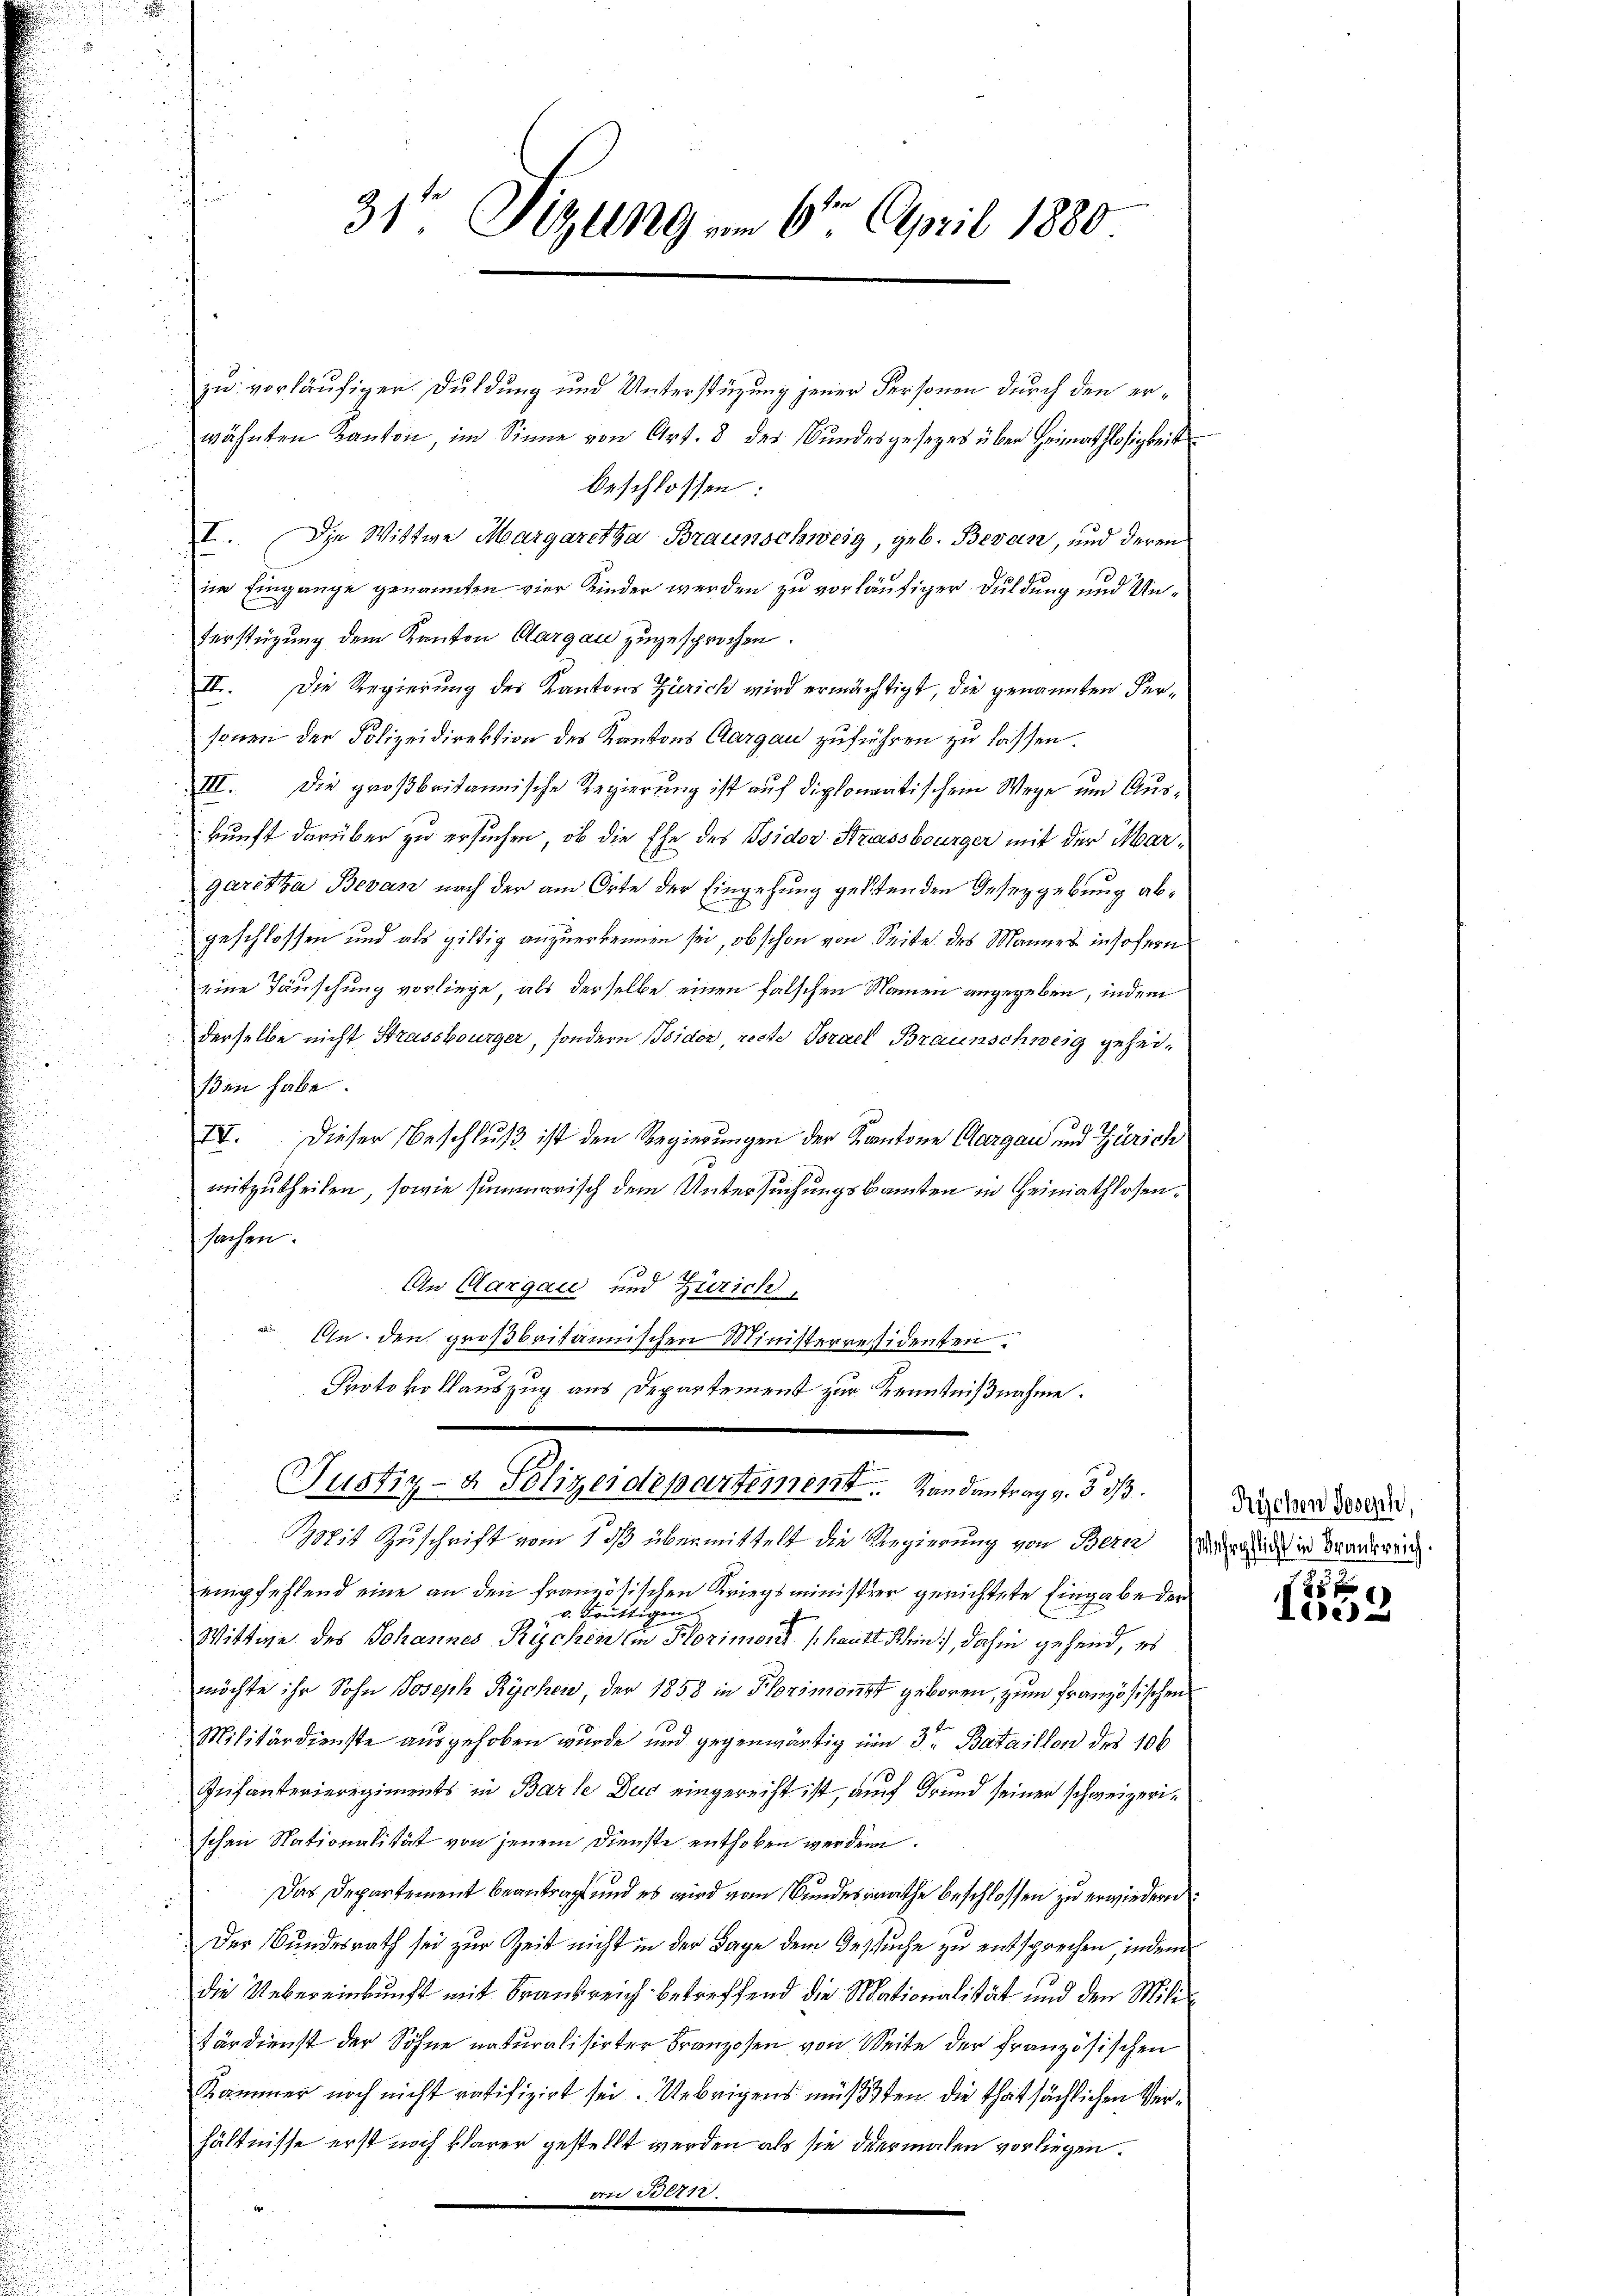
31te Sitzung am 6ten April 1880.

zu vorläufiger. Duldung und Unterstüzung jener Personen durch den erwähnten Kanton, im Sinne von Art. 8 des Bŭndesgesezes über Heimathlosigkeit
beschlossen:
I. Die Wittwe Margaretha Braunschweig, geb. Bevan, und deren
im Eingange genannten vier Kinder werden zu vorläufiger. Duldung und Un¬
Verstützung dem Kanton Aargau zugesprochen.
III. Die Regierung des Kantons Zürich wird ermächtigt, die genannten Fersonen der Polizeidirektion des Kantons Aargau zuführen zu lassen.
III. Die großbritannische Regierung ist auf diplomatischem Wege und Auskunft darüber zu ersuchen, ob die Ehe des Isidor Strassburger mit der Margaretha Bevan nach der am Orte der Eingehung geltenden Gesezgebung abgeschlossen und als giltig anzuerkennen sei, ob schon von Seite des Mannes insofern
 eine Täuschung vorliege, als derselbe einen falschen Namen angegeben, indem
derselbe nicht Strassburger, sondern Isidor, reche Brael Braunschweig gehei-
ßen habe
IV. Dieser Beschluß ist den Regierungen der Kantone Aargau, und Zürich
mitzutheilen, sowie summarisch dem Untersuchungskanten in Heimathlosensachen.
An Aargau und Zürich,
In den großbritannischen Ministerresidenten.
.
Protokollauszug aus Departement zur Kenntnißnahme.

Justiz- & Polizeidepartement. Landantrag v. 3 1/3.

empfehlend eine an den französischen Kriegsministrer gerichtete Eingabe der
v. Früttigen
Wittwe des Johannes Rychen (in Florimer hautt Kein), dahin gehend, es
möchte ihr Sohn Joseph Rychen, der 1858 in Florimonst geboren, zum französischen
Militärdienste ausgehoben wurde und gegenwärtig um 3. Bataillon des 106
Infanterieregiments in Barle Dug eingereicht ist, auf Grund seiner schweizerischen Nationalität von jenem Dienste enthoben werden.
Das Departement beantragt und es wird vom Bŭndesrathe beschlossen zŭ erwiedern
Der Bundesrath sei zur Zeit nicht in der Lage dem Gesuche zu entsprechen, indem
die Uebereinkunft mit Frankreich betreffend die Mationalität und den Mili¬
Färdienst der Söhne naturalisirter Franzosen von Seite der französischen
Kammer noch nicht ratifizirt sei. Uebrigens müsten die thatsächlichen Verhältnisse erst noch klarer gestellt werden als sie dermalen vorliegen.
vi Fern
a

Mit Zuschrift vom 1. ds übermittelt die Regierung von Bern Weg ich in Branderen

Frischen Joseph,

de